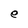
Character: e